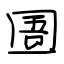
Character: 圄